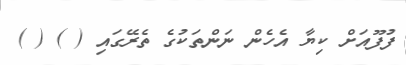
ފުފޫއަށް ކިޔާ އެހެން ނަންތަކުގެ ތެރޭގައި ( ) ( )